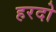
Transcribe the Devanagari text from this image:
हरदो